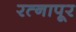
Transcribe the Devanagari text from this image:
रत्‍नापूर